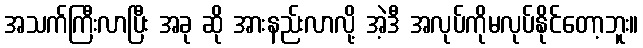
အသက်ကြီးလာပြီး အခု ဆို အားနည်းလာလို့ အဲ့ဒီ အလုပ်ကိုမလုပ်နိုင်တော့ဘူး။